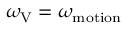
\omega _ { \mathrm { V } } = \omega _ { \mathrm { m o t i o n } }